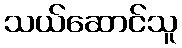
သယ်ဆောင်သူ